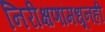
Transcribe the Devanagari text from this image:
निरीक्षणांमधूनही